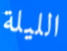
الليلة